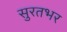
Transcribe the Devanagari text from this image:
सुरतभर